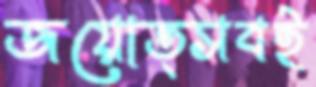
জয়োত্সবই